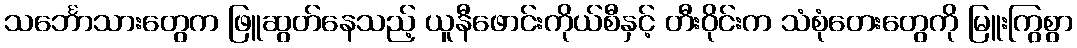
သင်္ဘောသားတွေက ဖြူဆွတ်နေသည့် ယူနီဖောင်းကိုယ်စီနှင့် တီးဝိုင်းက သံစုံတေးတွေကို မြူးကြွစွာ